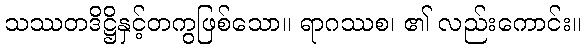
သဿတဒိဋ္ဌိနှင့်တကွဖြစ်သော။ ရာဂဿစ၊ ၏ လည်းကောင်း။